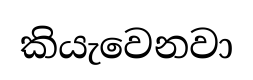
කියැවෙනවා